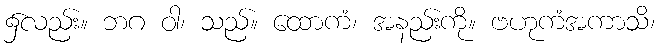
၌လည်း။ ဘဂ ဝါ၊ သည်။ ထောကံ၊ အနည်းကို။ ဗဟုကံအကာသိ၊